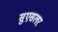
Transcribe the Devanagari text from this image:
सुएसलर